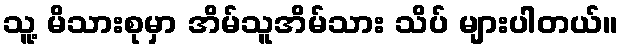
သူ့ မိသားစုမှာ အိမ်သူအိမ်သား သိပ် များပါတယ်။